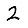
Digit: 2